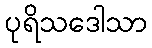
ပုရိသဒေါသာ